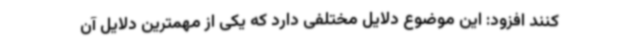
کنند افزود: این موضوع دلایل مختلفی دارد که یکی از مهمترین دلایل آن